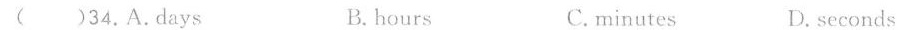
( )34.A.Days B. hours C.minutes D. seconds